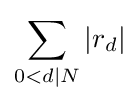
\sum _{0<d\mid N}|r_{d}|